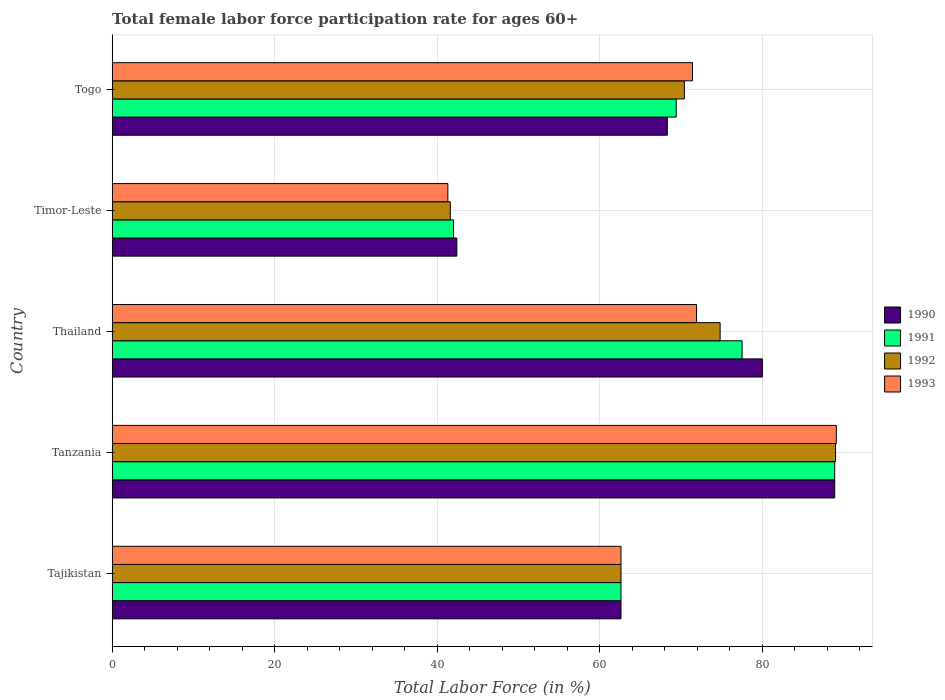
| Country | 1990 | 1991 | 1992 | 1993 |
 | --- | --- | --- | --- | --- |
 | Tajikistan | 62.6 | 62.6 | 62.6 | 62.6 |
 | Tanzania | 88.9 | 88.9 | 89 | 89.1 |
 | Thailand | 80 | 77.5 | 74.8 | 71.9 |
 | Timor-Leste | 42.4 | 42 | 41.6 | 41.3 |
 | Togo | 68.3 | 69.4 | 70.4 | 71.4 |